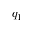
q _ { 1 }